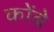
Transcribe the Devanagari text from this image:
कोंबे